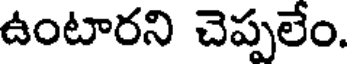
ఉంటారని చెప్పలేం.